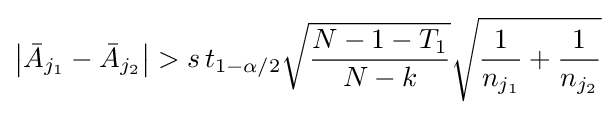
\left\vert {\bar {A}}_{j_{1}}-{\bar {A}}_{j_{2}}\right\vert >s\,t_{1-\alpha /2}{\sqrt {\frac {N-1-T_{1}}{N-k}}}{\sqrt {{\frac {1}{n_{j_{1}}}}+{\frac {1}{n_{j_{2}}}}}}